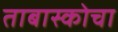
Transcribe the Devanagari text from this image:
ताबास्कोचा